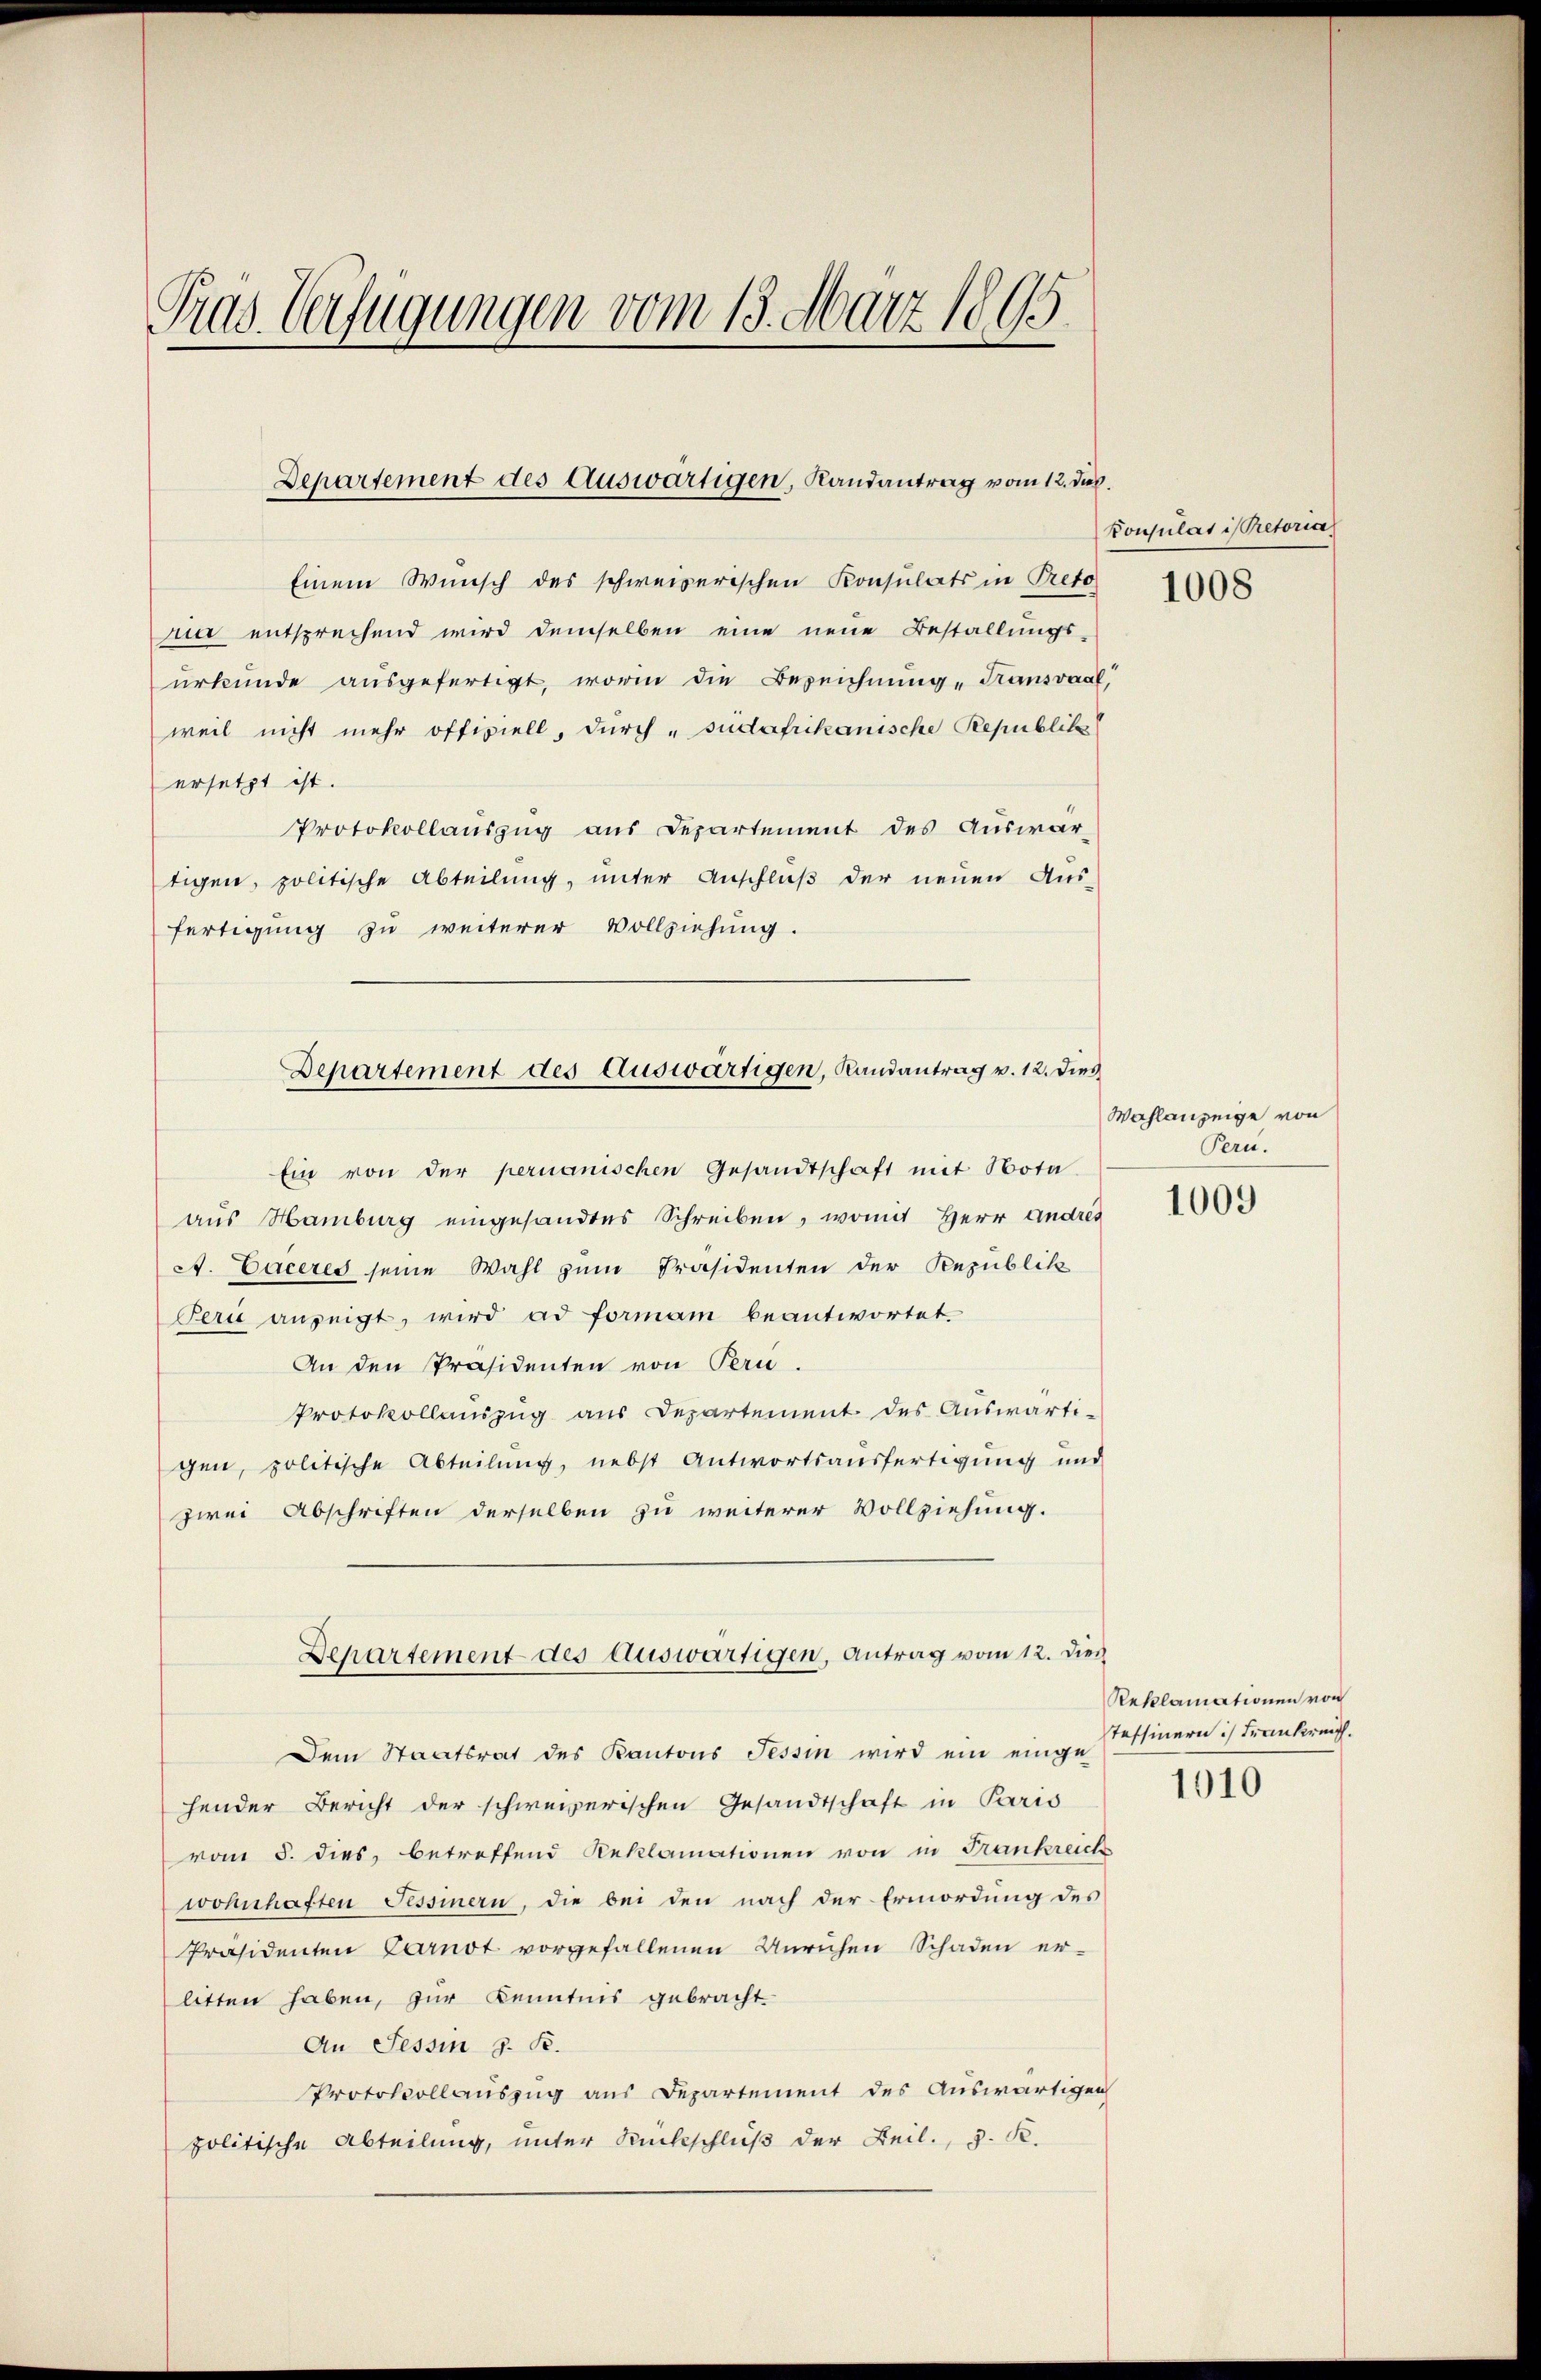
Pras. Verfügungen vom 13. März 1895.

Departement des Auswärtigen, Randantrag vom 12. des

Einem Wunsch des schweizerischen Konsulats in Preto
nia entsprechend wird demselben eine neue Bestallungs-
urkunde ausgefertigt, worin die Bezeichnung „Transvaal,
weil nicht mehr offiziell, durch „sudafrikanische Republik
ersetzt ist.
Protokollauszug aus Departement des Auswärtigen, politische Abteilung, unter Anschluß der neuen Aus-
fertigung zu weiterer Vollziehung.
Ein von der permanischen Gesandtschaft mit Nota
aus Hamburg eingesandtes Schreiben, womit Herr Andres
A. Caceres seine Wahl zum Präsidenten der Republik
Peri anzeigt, wird ad forman beantwortet.
An den Präsidenten von Pern.
Protokollauszug aus Departement des Auswärti-
gen, politische Abteilung, nebst Antwortsausfertigung und
zwei Abschriften derselben zu weiterer Vollziehung.
Departement des Auswärtigen, Antrag vom 12. Dies
Dem Staatsrat des Kantons Tessin wird ein einge-
hender Bericht der schweizerischen Gesandtschaft in Paris
vom 5. dies, betreffend Reklamationen von in Frankreich
wohnhaften Tessinern, die bei den nach der Ermordung des
Präsidenten Carnot vorgefallenen Unrichen Schaden er-
litten haben, zur Kenntnis gebracht.
An Tessin z. B.
Protokollauszug aus Departement des Auswärtigen
politische Abteilung, unter Rückschluß der Leil. J. K.

Departement des Auswärtigen, Randantrag v. 12. Dies

Konsulatis Pretoria

1008

Wahlanzeige von
Pern.

1009

Reklamationen von
teffinern: Frankreich.

1010